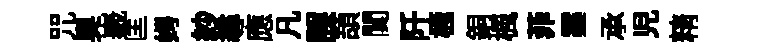
咒奧嶻匡娉紗尋應凡誤頡闃阡極銅楓菲霎承児精